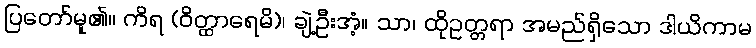
ပြတော်မူ၏။ ကိရ (ဝိတ္ထာရေမိ)၊ ချဲ့ဦးအံ့။ သာ၊ ထိုဥတ္တရာ အမည်ရှိသော ဒါယိကာမ